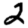
Digit: 2